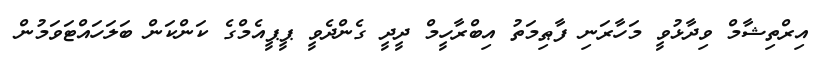
އިރްތިޝާމް ވިދާޅުވީ މަހާރަނި ފާޠިމަތު އިބްރާހީމް ދީދީ ގެންދެވީ ޕީޕީއެމްގެ ކަންކަން ބަލަހައްޓަވަމުން